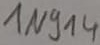
Text: 1N914